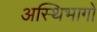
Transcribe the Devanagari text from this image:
अस्थिभागों